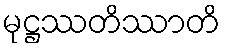
မုဋ္ဌဿတိဿာတိ